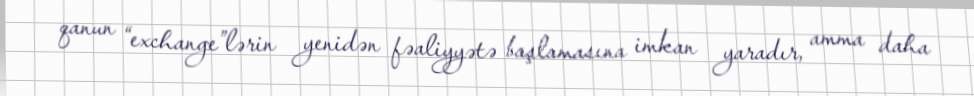
qanun “exchange”lərin yenidən fəaliyyətə başlamasına imkan yaradır, amma daha